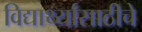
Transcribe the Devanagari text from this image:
विद्यार्थ्यांसाठीचे